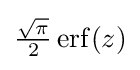
{\tfrac {\sqrt {\pi }}{2}}\operatorname {erf} (z)